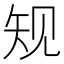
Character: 𰦔